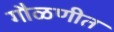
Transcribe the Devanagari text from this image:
गौळणीत